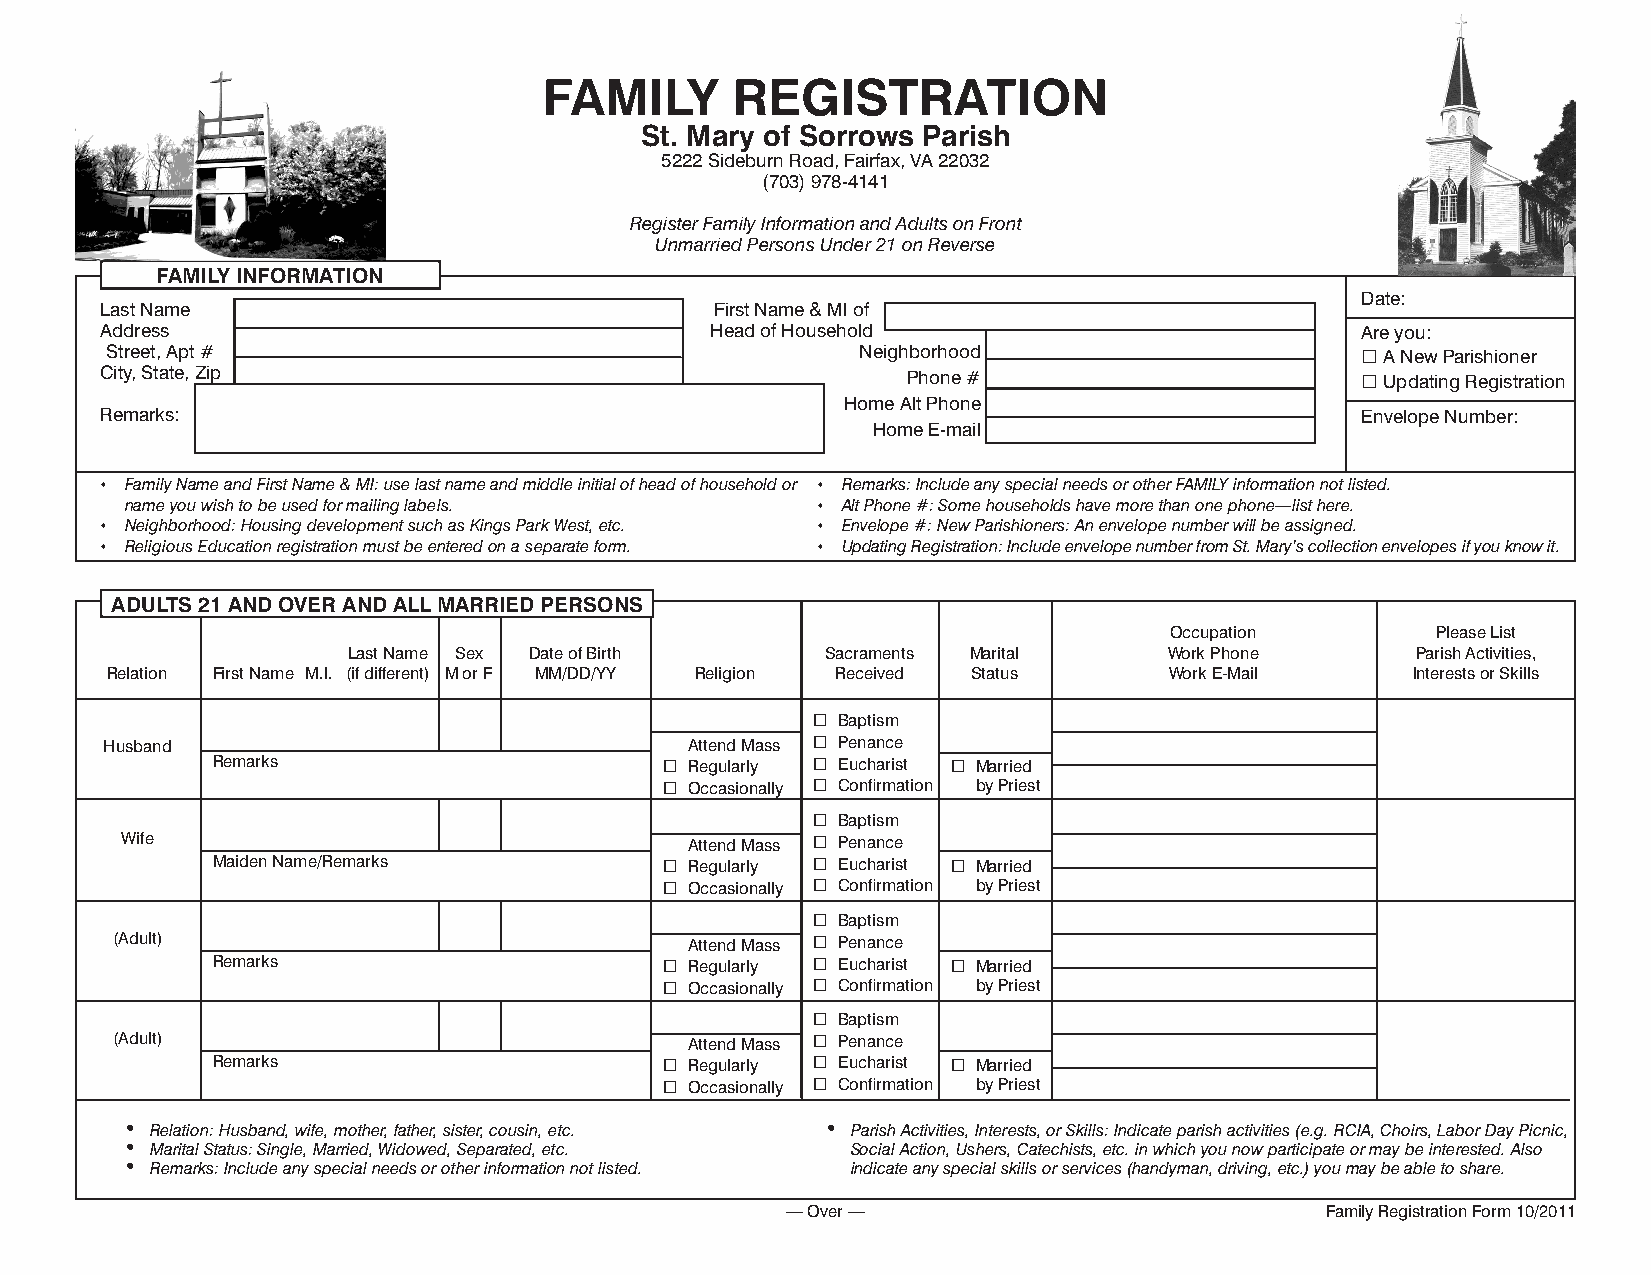
FAMILY      REGISTRATION
 St. Mary of Sorrows Parish
 5222 Sideburn Road, Fairfax, VA 22032
 (703) 978-4141
 Register Family Information and Adults on Front
 Unmarried Persons Under 21 on Reverse
 FAMILY INFORMATION
 Date:
 Last Name                               First Name & MI of
 Address                                 Head of Household                          Are you:
 Street, Apt #                                     Neighborhood                      A New Parishioner
 City, State, Zip                                     Phone #                        Updating Registration
 Home Alt Phone
 Remarks:                                                                           Envelope Number:
 Home E-mail
 • Family Name and First Name & MI: use last name and middle initial of head of household or • Remarks: Include any special needs or other FAMILY information not listed.
 name you wish to be used for mailing labels.  • Alt Phone #: Some households have more than one phone—list here.
 • Neighborhood: Housing development such as Kings Park West, etc. • Envelope #: New Parishioners: An envelope number will be assigned.
 • Religious Education registration must be entered on a separate form. • Updating Registration: Include envelope number from St. Mary’s collection envelopes if you know it.
 ADULTS 21 AND OVER AND ALL MARRIED PERSONS
 Occupation        Please List
 Last Name Sex Date of Birth     Sacraments Marital    Work Phone       Parish Activities,
 Relation First Name M.I. (if different) M or F MM/DD/YY Religion Received Status Work E-Mail Interests or Skills
  Baptism
 Husband                                Attend Mass  Penance
 Remarks                        Regularly  Eucharist  Married
  Occasionally  Confirmation by Priest
  Baptism
 Wife                                  Attend Mass  Penance
 Maiden Name/Remarks            Regularly  Eucharist  Married
  Occasionally  Confirmation by Priest
  Baptism
 (Adult)                                Attend Mass  Penance
 Remarks                        Regularly  Eucharist  Married
  Occasionally  Confirmation by Priest
  Baptism
 (Adult)                                Attend Mass  Penance
 Remarks                        Regularly  Eucharist  Married
  Occasionally  Confirmation by Priest
 • Relation: Husband, wife, mother, father, sister, cousin, etc. • Parish Activities, Interests, or Skills: Indicate parish activities (e.g. RCIA, Choirs, Labor Day Picnic,
 • Marital Status: Single, Married, Widowed, Separated, etc. Social Action, Ushers, Catechists, etc. in which you now participate or may be interested. Also
 • Remarks: Include any special needs or other information not listed. indicate any special skills or services (handyman, driving, etc.) you may be able to share.
 — Over —                            Family Registration Form 10/2011